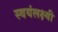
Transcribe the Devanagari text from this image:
स्वयंलक्ष्यी